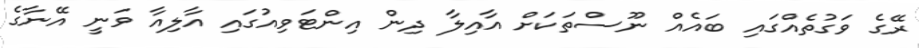
ރޭގެ ވަގުތެއްގައި ބައެއް ނޫސްތަކަށް އާއިލާ ދިން އިންޓަވިއުގައި އާލިއާ ވަނީ އޭނާގެ